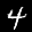
Label: 4